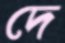
দে